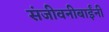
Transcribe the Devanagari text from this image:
संजीवनीबाईंनी